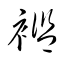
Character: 襤